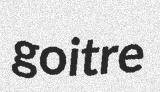
goitre